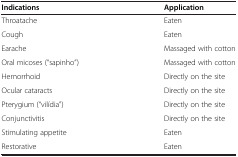
| Indications | Application |
 | --- | --- |
 | Throatache | Eaten |
 | Cough | Eaten |
 | Earache | Massaged with cotton |
 | Oral micoses (“sapinho”) | Massaged with cotton |
 | Hemorrhoid | Directly on the site |
 | Ocular cataracts | Directly on the site |
 | Pterygium (“vilídia”) | Directly on the site |
 | Conjunctivitis | Directly on the site |
 | Stimulating appetite | Eaten |
 | Restorative | Eaten |